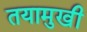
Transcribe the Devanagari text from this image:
तयामुखी